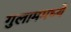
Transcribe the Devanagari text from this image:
गुलाममध्ये